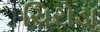
ચિરોડા